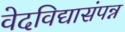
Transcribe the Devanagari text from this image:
वेदविद्यासंपन्न